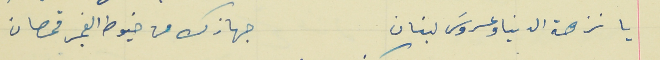
يا نزهة الدنيا وعروسَ لبنان                                     جهازك من خيوط الفجر قمصان